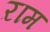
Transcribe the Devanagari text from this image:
ऱाम